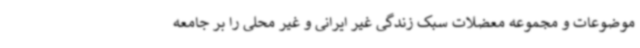
موضوعات و مجموعه معضلات سبک زندگی غیر ایرانی و غیر محلی را بر جامعه